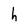
Character: h